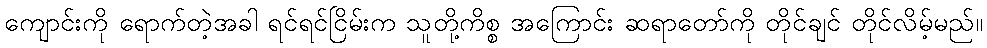
ကျောင်းကို ရောက်တဲ့အခါ ရင်ရင်ငြိမ်းက သူတို့ကိစ္စ အကြောင်း ဆရာတော်ကို တိုင်ချင် တိုင်လိမ့်မည်။